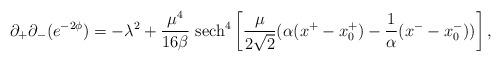
LaTeX: \begin{align*}\partial_+\partial_- (e^{-2\phi}) = -\lambda^2 + \frac{\mu^4}{16\beta}{}~\mbox{sech}^4 \left[\frac{\mu}{2 \sqrt 2}(\alpha(x^+ - x_0^+)-\frac{1}{\alpha}(x^- - x_0^-))\right], \end{align*}